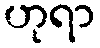
ဟုရာ